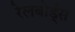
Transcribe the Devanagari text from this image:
रेलबोर्ड्स